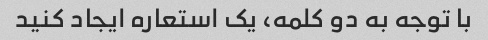
با توجه به دو کلمه، یک استعاره ایجاد کنید